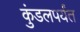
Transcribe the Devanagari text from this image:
कुंडलपर्यंत